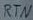
Text: RTN